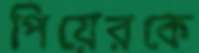
পিয়েরকে